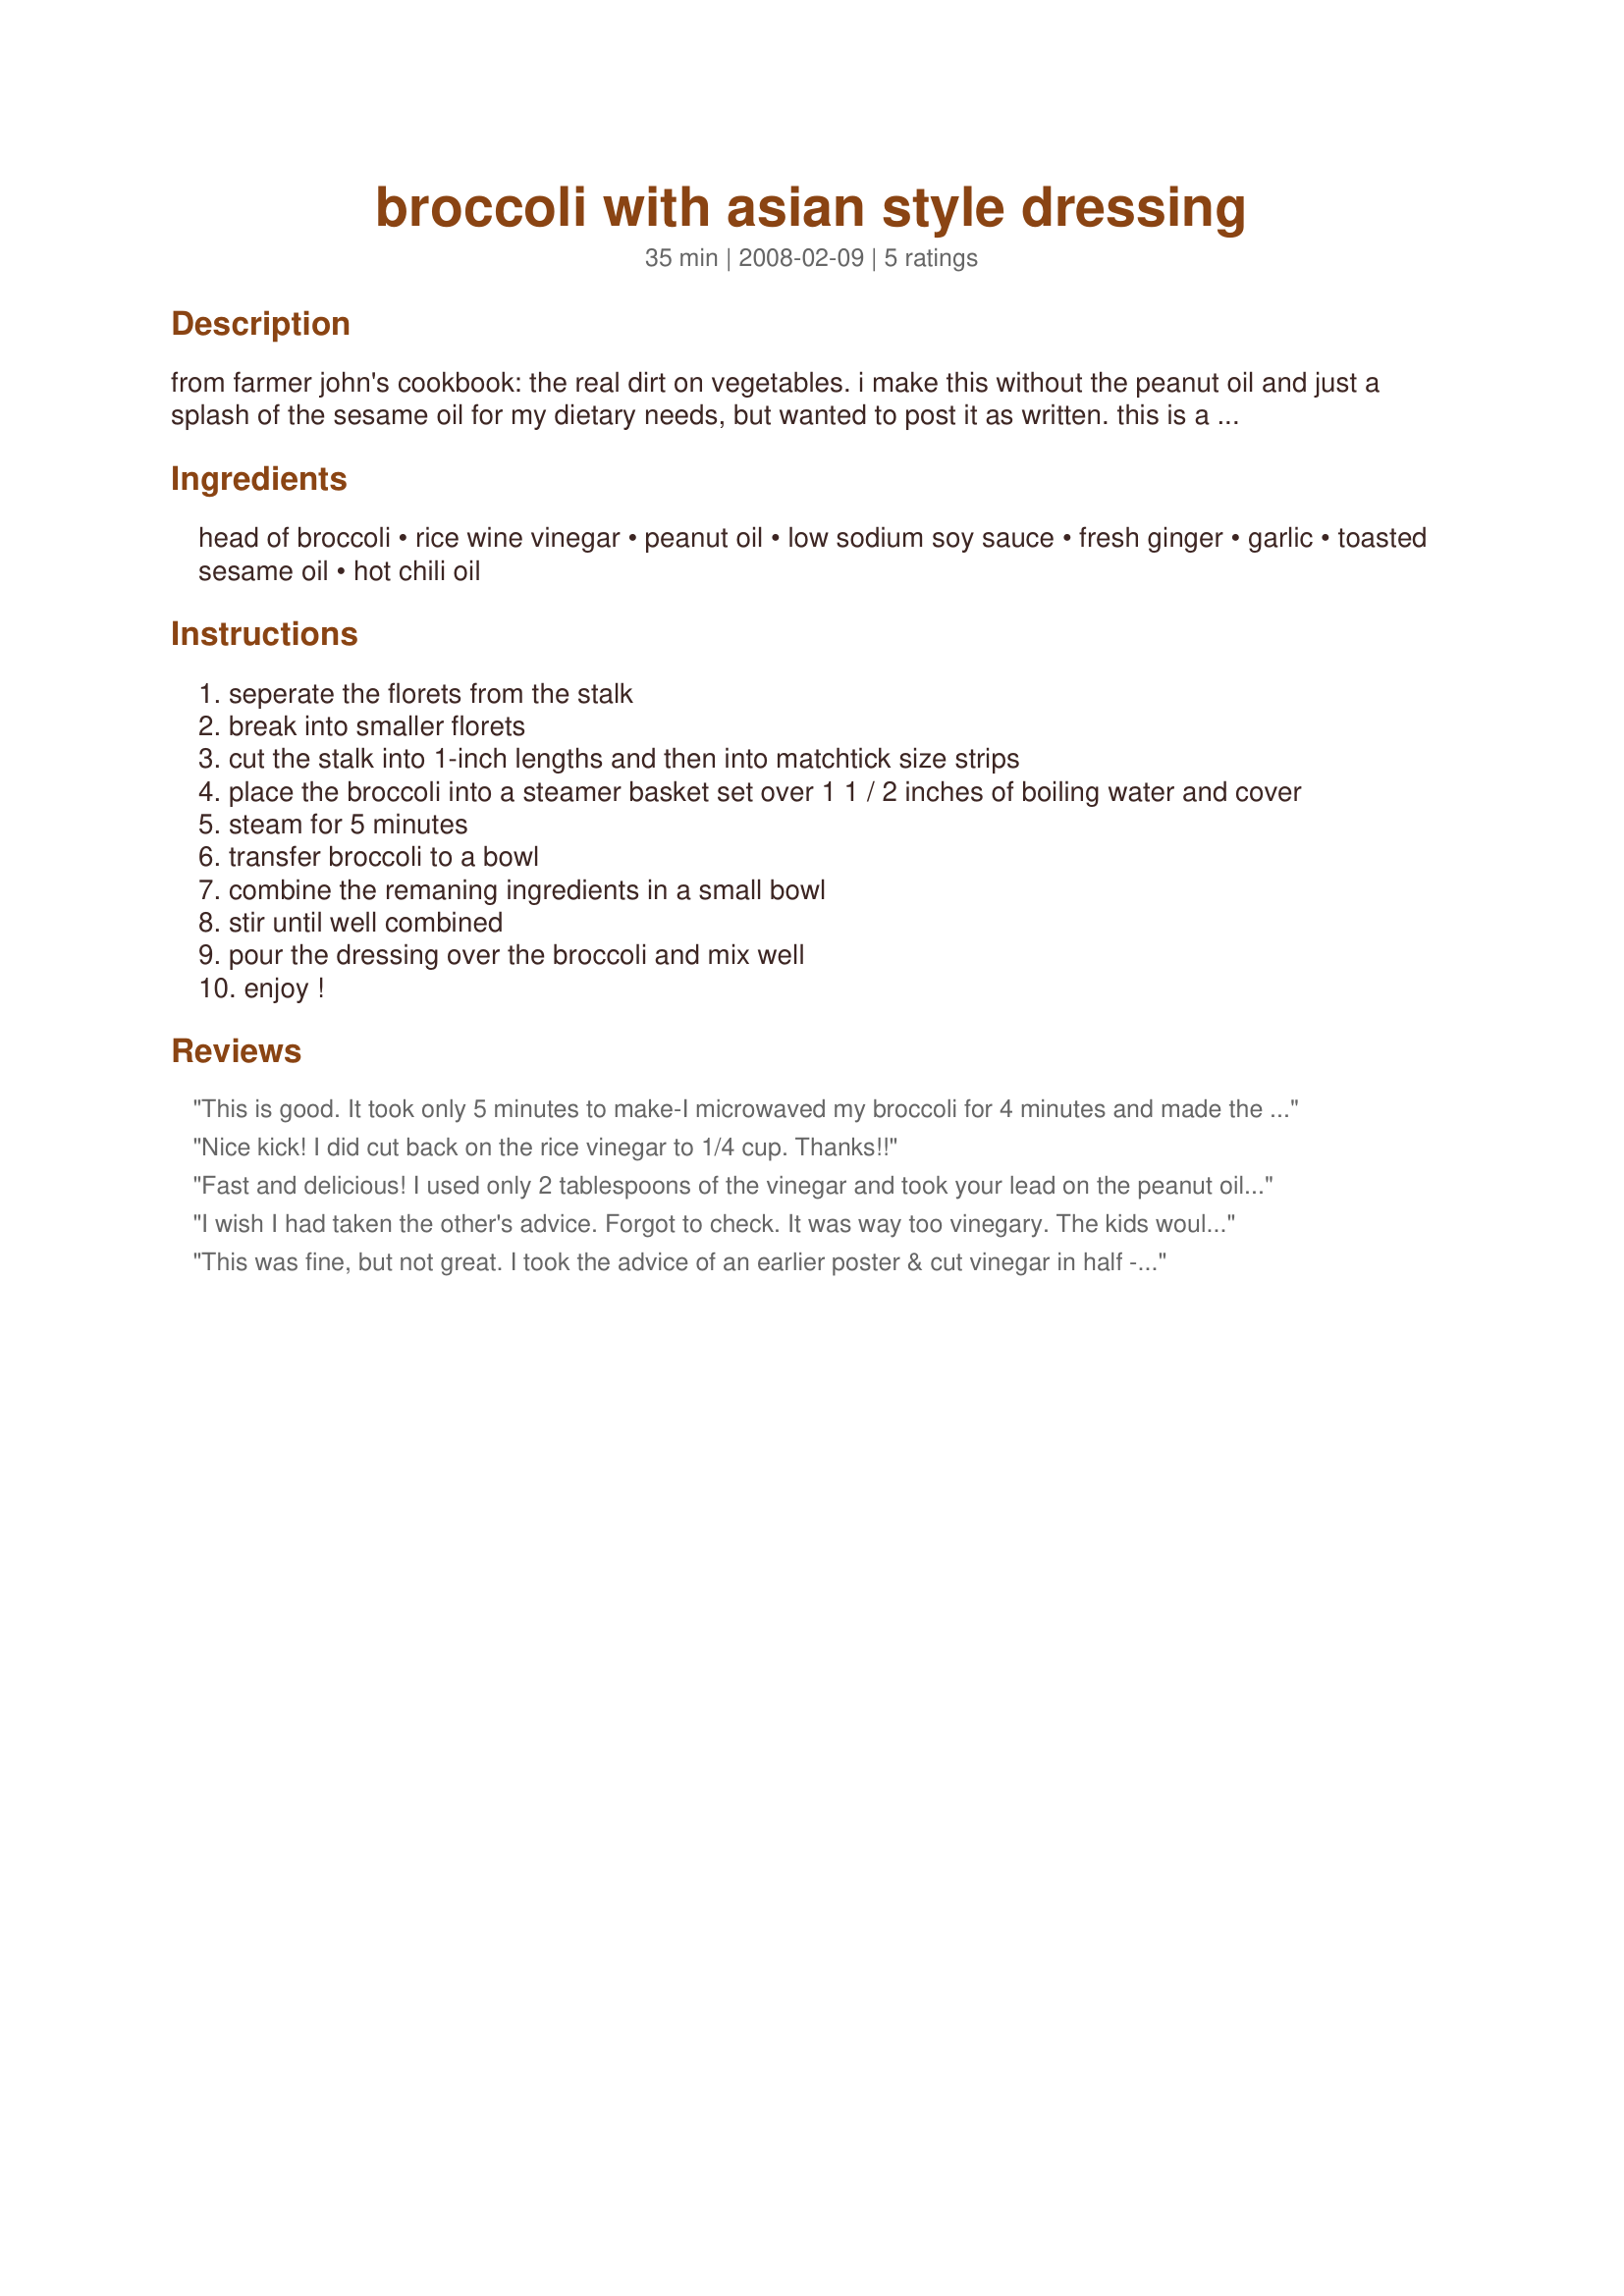
broccoli with asian style dressing
Preparation time: 35 minutes

from farmer john's cookbook: the real dirt on vegetables. i make this without the peanut oil and just a splash of the sesame oil for my dietary needs, but wanted to post it as written. this is a wonderful way to serve steamed broccoli.

Ingredients:
head of broccoli, rice wine vinegar, peanut oil, low sodium soy sauce, fresh ginger, garlic, toasted sesame oil, hot chili oil

Steps:
seperate the florets from the stalk
break into smaller florets
cut the stalk into 1-inch lengths and then into matchtick size strips
place the broccoli into a steamer basket set over 1 1 / 2 inches of boiling water and cover
steam for 5 minutes
transfer broccoli to a bowl
combine the remaning ingredients in a small bowl
stir until well combined
pour the dressing over the broccoli and mix well
enjoy !

Reviews:
This is good. It took only 5 minutes to make-I microwaved my broccoli for 4 minutes and made the dressing while it cooked! I would do as Rita did and cut back the vinegar to half next time-too much dressing and a bit tooo vinegary but a great recipe still.
Nice kick! 
I did cut back on the rice vinegar to 1/4 cup. Thanks!!
Fast and delicious! I used only 2 tablespoons of the vinegar and took your lead on the peanut oil (omitted it, actually). I used a 12 oz. bag of broccoli, so this fed two of us. It was very yummy!
I wish I had taken the other's advice. Forgot to check. It was way too vinegary. The kids wouldn't eat it. I like it, but next time I would cut the vinegar at least in half. I used 1/8 tsp Thai red chili paste for the chili oil, which was a good sub. I might try again with more broccoli and less vinegar. Made for Vegan Swap.
This was fine, but not great. I took the advice of an earlier poster & cut vinegar in half - glad I did.
Made for Vegn Recipe Swap 2
